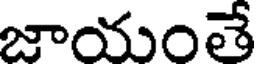
జాయంతే